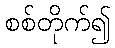
စစ်တိုက်၍